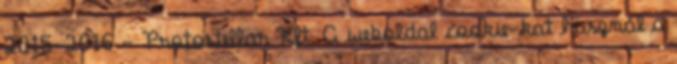
2015-2016 - Protostellar Kft. A weboldal cookie-kat használ a